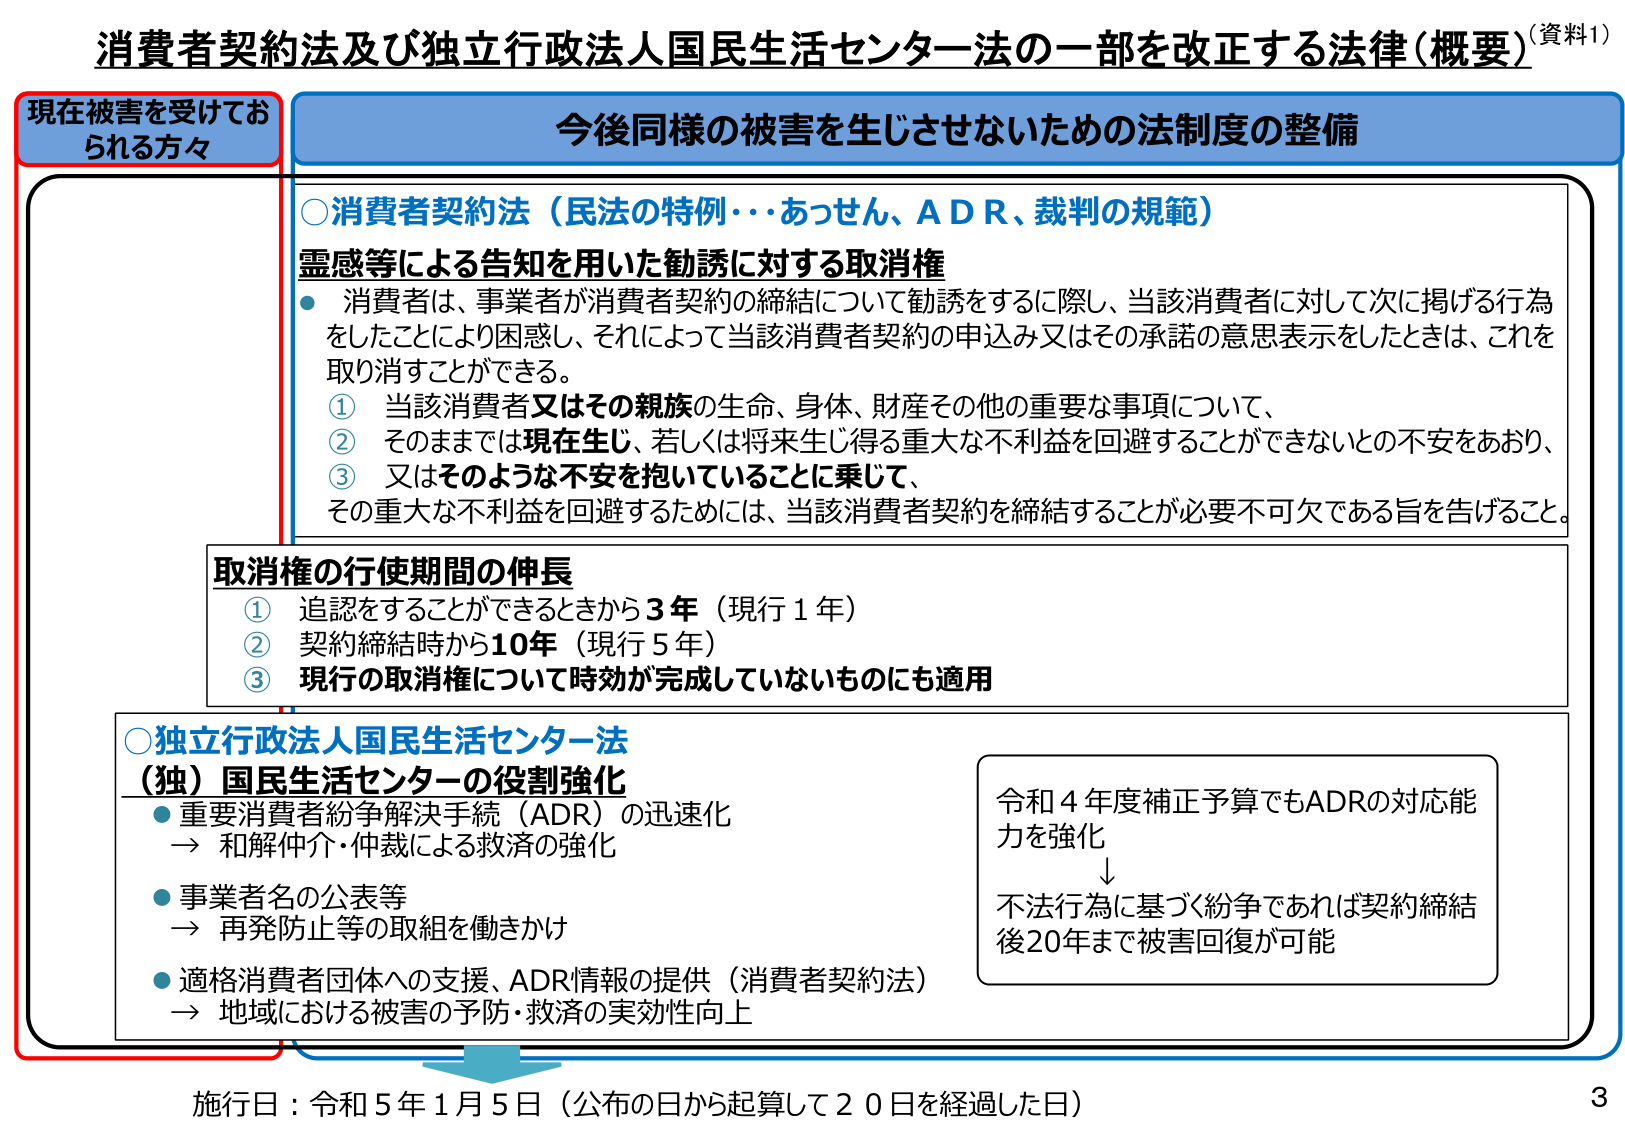
消費者契約法及び独立行政法人国民生活センター法の一部を改正する法律（概要）（資料1）

現在被害を受けている方々

今後同様の被害を生じさせないための法制度の整備

○消費者契約法（民法の特例・あっせん、ADR、裁判の規範）
霊感等による告知を用いた勧誘に対する取消権
・消費者は、事業者が消費者契約の締結について勧誘をするに際し、当該消費者に対して次に掲げる行為をしたことにより困惑し、それによって当該消費者契約の申込み又はその承諾の意思表示をしたときは、これを取消すことができる。
① 当該消費者又はその親族の生命、身体、財産その他の重要な事項について、
② そのままで現在生じ、若しくは将来生じ得る重大な不利益を回避することができないとの不安をあおり、
③ 又はそのような不安を抱いていることに乗じて、
その重大な不利益を回避するためには、当該消費者契約を締結することが必要不可欠である旨を告げること。

取消権の行使期間の伸長
① 追認をすることができるときから3年（現行1年）
② 契約締結時から10年（現行5年）
③ 現行の取消権について時効が完成していないものにも適用

○独立行政法人国民生活センター法
（独）国民生活センターの役割強化
・重要消費者紛争解決手続（ADR）の迅速化
→ 和解仲介・仲裁による救済の強化
・事業者名の公表等
→ 再発防止等の取組を働きかけ
・適格消費者団体への支援、ADR情報の提供（消費者契約法）
→ 地域における被害の予防・救済の実効性向上

令和4年度補正予算でもADRの対応能力を強化
↓
不法行為に基づく紛争であれば契約締結後20年まで被害回復が可能

施行日：令和5年1月5日（公布の日から起算して20日を経過した日）

3